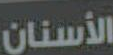
الأسنان